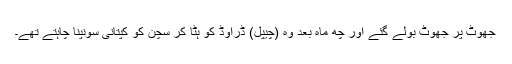
جھوٹ پر جھوٹ بولے گئے اور چھ ماہ بعد وہ (چیپل) ڈراوڈ کو ہٹا کر سچن کو کپتانی سونپنا چاہتے تھے۔